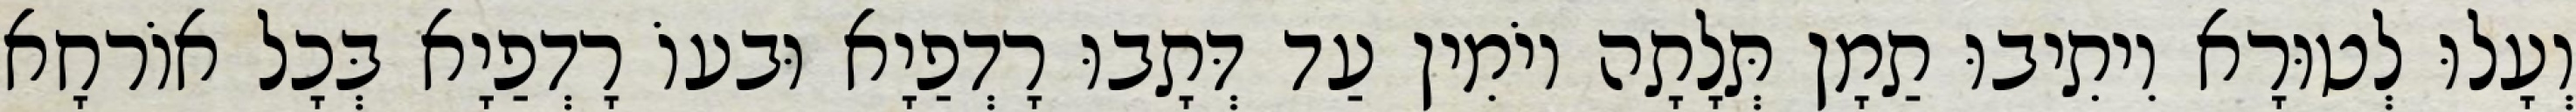
וְעָלוּ לְטוּרָא וִיתִיבוּ תַמָן תְּלָתָה יוֹמִין עַד דְּתָבוּ רָדְפַיָא וּבעוֹ רָדְפַיָא בְּכָל אוֹרחָא